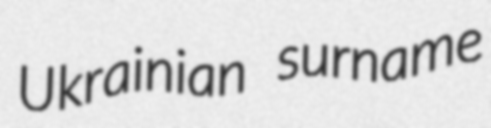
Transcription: Ukrainian surname